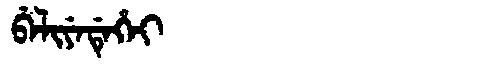
Manchu: ᠪᡝᠯᡳᠶᡝᡩᡝᡥᡝᡳ
Romanization: BELIYEDEHEI